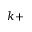
k +